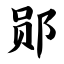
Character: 郧